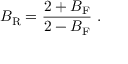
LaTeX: B _ { \mathrm { R } } = { \frac { 2 + B _ { \mathrm { F } } } { 2 - B _ { \mathrm { F } } } } \ .